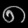
Digit: ၈